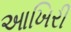
આખિરી